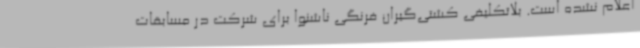
اعلام نشده است. بلاتکلیفی کشتی‌گیران فرنگی ناشنوا برای شرکت در مسابقات